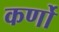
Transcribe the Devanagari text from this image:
कर्णो